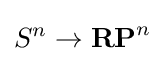
S^{n}\to \mathbf {RP} ^{n}